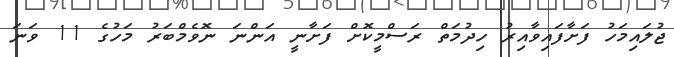
ޖުލައިމަހު ފަށާފައިވާއިރު ހިދުމަތް ރަސްމީކޮށް ފަށާނީ އަންނަ ނޮވެމްބަރު މަހުގެ 11 ވަނަ